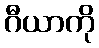
ဂီယာကို